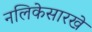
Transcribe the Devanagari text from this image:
नलिकेसारखे